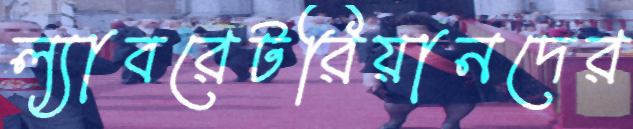
ল্যাবরেটরিয়ানদের